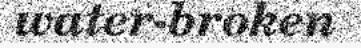
water-broken